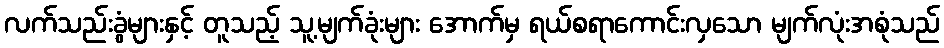
လက်သည်းခွံများနှင့် တူသည့် သူ့မျက်ခုံးများ အောက်မှ ရယ်စရာကောင်းလှသော မျက်လုံးအစုံသည်